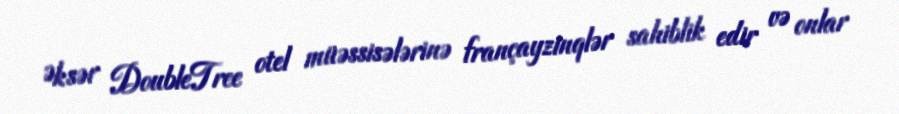
Əksər DoubleTree otel müəssisələrinə françayzinqlər sahiblik edir və onlar